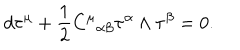
LaTeX: d { \bf \tau } ^ { \mu } + \frac { 1 } { 2 } { C ^ { \mu } } _ { \alpha \beta } { \bf \tau } ^ { \alpha } \wedge { \bf \tau } ^ { \beta } = 0 .